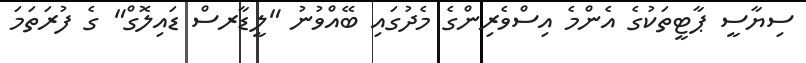
ސިޔާސީ ޕާޓީތަކުގެ އެންމެ އިސްވެރިންގެ މެދުގައި ބޭއްވުނު "ލީޑާރސް ޑައިލޮގް" ގެ ފުރަތަމަ